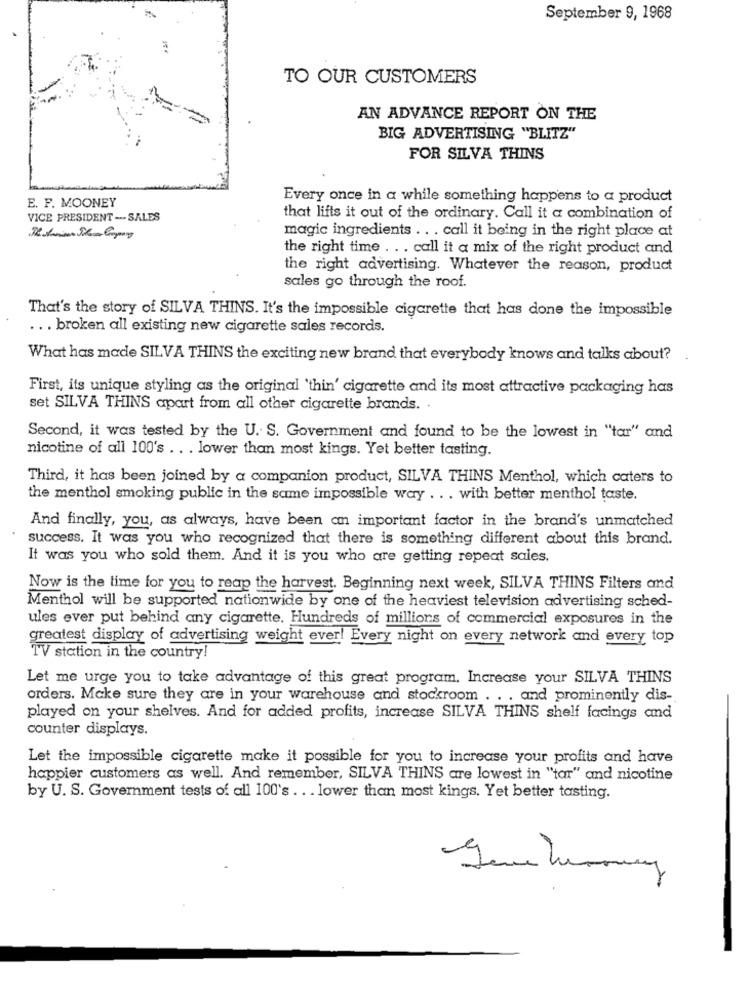
September 9, 1968
TO OUR CUSTOMERS
AN ADVANCE REPORT ON THE
BIG ADVERTISING "BLITZ"
FOR SILVA THINS
E. F. MOONEY
Every once in a while something happens to a product
VICE PRESIDENT - SALES
that lifts it out of the ordinary. Call it a combination of
magic ingredients .. . call it being in the right place at
the right time . . . call it a mix of the right product and
the right advertising. Whatever the reason, product
sales go through the roof.
That's the story of SILVA THINS. It's the impossible cigarette that has done the impossible
... broken all existing new cigarette sales records.
What has made SILVA THINS the exciting new brand that everybody knows and talks about? .
First, its unique styling as the original 'thin' cigarette and its most attractive packaging has
set SILVA THINS apart from all other cigarette brands. .
Second, it was tested by the U. S. Government and found to be the lowest in "tar" and
nicotine of all 100's .. . lower than most kings. Yet better tasting.
Third, it has been joined by a companion product, SILVA THINS Menthol, which caters to
the menthol smoking public in the same impossible way . .. with better menthol taste.
And finally, you, as always, have been an important factor in the brand's unmatched
success. It was you who recognized that there is something different about this brand.
It was you who sold them. And it is you who are getting repeat sales.
Now is the time for you to reap the harvest. Beginning next week, SILVA THINS Filters and
Menthol will be supported nationwide by one of the heaviest television advertising sched-
ules ever put behind any cigarette. Hundreds of millions of commercial exposures in the
greatest display of advertising weight ever! Every night on every network and every top
TV station in the country!
Let me urge you to take advantage of this great program. Increase your SILVA THINS
orders. Make sure they are in your warehouse and stockroom . . . and prominently dis-
played on your shelves. And for added profits, increase SILVA THINS shelf facings and
counter displays.
Let the impossible cigarette make it possible for you to increase your profits and have
happier customers as well. And remember, SILVA THINS are lowest in "tar" and nicotine
by U. S. Government tests of all 100's .. . lower than most kings. Yet better tasting.